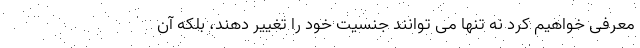
معرفی خواهیم کرد نه تنها می توانند جنسیت خود را تغییر دهند، بلکه آن